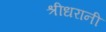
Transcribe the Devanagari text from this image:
श्रीधरानी